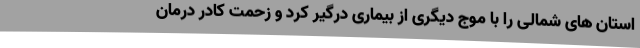
استان های شمالی را با موج دیگری از بیماری درگیر کرد و زحمت کادر درمان